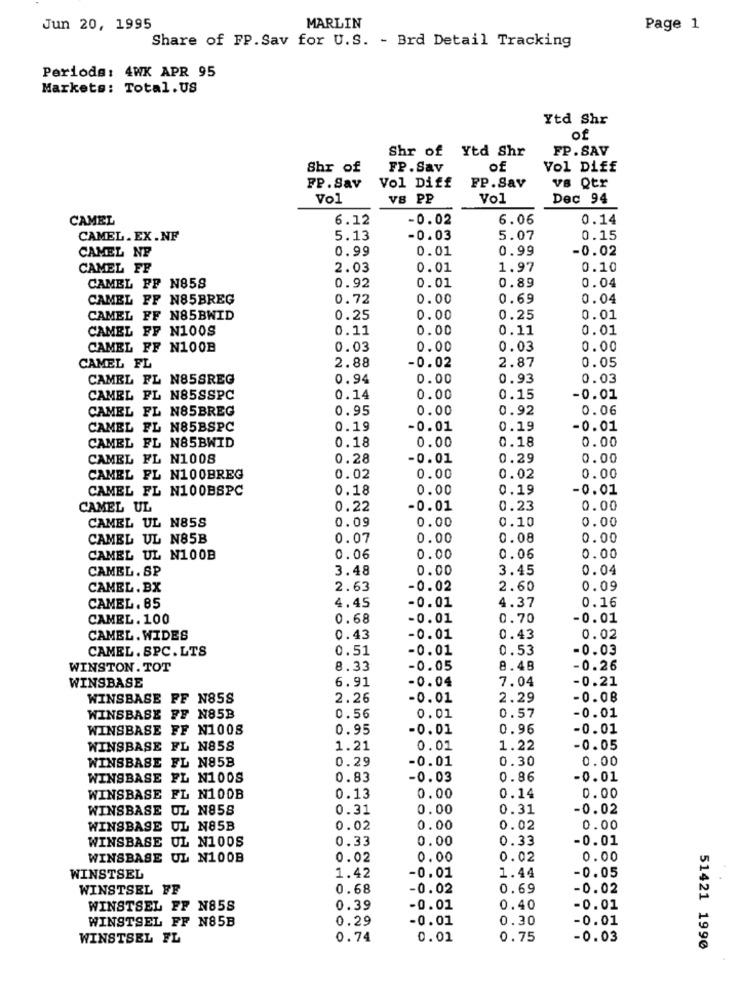
Jun 20, 1995
MARLIN
Page 1
Share of FP. Sav for U.S. - Brd Detail Tracking
Periode: 4WK APR 95
Markets: Total.US
Ytd Shr
of
Shr of Ytd Shr
FP. SAV
Shr of
FP. Sav
of
Vol Diff
Vol Diff
FP. Sav
FP. Sav
VB Qtr
Vol
VB PP
Vol
Dec 94
CAMEL
6.12
-0.02
6.06
0.14
CAMEL. EX.NF
5.13
-0.03
5.07
0.15
0.99
0.01
0.99
-0.02
CAMEL NP
CAMEL FF
2.03
0.01
1.97
0.10
0.01
0.89
0.04
CAMEL FF N858
0.92
CAMEL FF N85BREG
0.72
0.00
0.69
0.04
CAMEL FF N85BWID
0.25
0.00
0.25
0.01
CAMEL FF N100S
0.11
0.00
0.11
0.01
CAMEL FF N100B
0.03
0.00
0.03
0.00
2.88
2.87
CAMEL FL
-0.02
0.05
CAMEL FL N858REG
0.94
0.00
0.93
0.03
CAMEL FL N85SSPC
0.14
0.00
0.15
-0.01
CAMEL FL N85BREG
0.95
0.00
0.92
0.06
CAMEL FL N85BSPC
0.19
-0.01
0.19
-0.01
0.18
0.00
0.18
0.00
CAMEL FL N85BWID
CAMEL FL N1008
0.28
-0.01
0.29
0.00
CAMEL FL N100BREG
0.02
0.00
0.02
0.00
CAMEL FL N100BSPC
0.18
0.00
0.19
-0.01
CAMEL UL
0.22
-0.01
0.23
0.00
0.09
0.00
0.10
0.00
CAMEL UL N85S
CAMEL UL N85B
0.07
0.00
0.08
0.00
CAMEL UL N100B
0.06
0.00
0.06
0.00
CAMEL. SP
3.48
0.00
3.45
0.04
CAMEL.BX
2.63
-0.02
2.60
0.09
4.37
0.16
CAMEL, 85
4.45
-0.01
CAMEL. 100
0.68
-0.01
0.70
-0.01
CAMEL. WIDES
0.43
-0.01
0.43
0.02
CAMEL. SPC.LTS
0.51
-0.01
0.53
-0.03
WINSTON. TOT
8.33
-0.05
8.48
-0.26
WINSBASE
6.91
-0.04
7.04
-0.21
WINSBASE FF N85S
2.26
-0.01
2.29
-0.08
0.01
0.57
-0.01
WINSBASE FF N85B
0.56
WINSBASE FF N1008
0.95
-0.01
0.96
-0.01
WINSBASE FL N85S
1.21
0.01
1.22
-0.05
WINSBASE FL N85B
0.29
-0.01
0.30
0.00
WINSBASE FL N100S
0.83
-0.03
0.86
-0.01
0.00
WINSBASE FL N100B
0.13
0.00
0.14
WINSBASE UL N858
0.31
0.00
0.31
-0.02
WINSBASE UL N85B
0.02
0.00
0.02
0.00
WINSBASE UL N100S
0.33
0.00
0.33
-0.01
WINSBASE UL N100B
0.02
0.00
0.02
0.00
1.42
-0.01
1.44
-0.05
WINSTSEL
WINSTSEL FF
0.68
-0.02
0.69
-0.02
WINSTSEL FF N85S
0.39
-0.01
0.40
-0.01
WINSTSEL FF N85B
0.29
-0.01
0.30
-0.01
WINSTSEL FL
0.74
0.01
0.75
-0.03
51421 1990